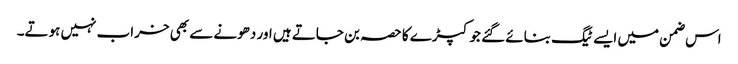
اس ضمن میں ایسے ٹیگ بنائے گئے جو کپڑے کا حصہ بن جاتے ہیں اور دھونے سے بھی خراب نہیں ہوتے۔